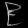
Digit: ၉